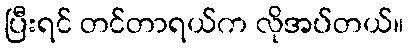
ပြီးရင် တင်တာရယ်က လိုအပ်တယ်။